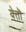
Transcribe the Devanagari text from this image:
येतॊ